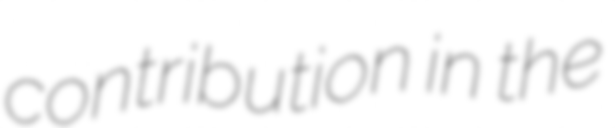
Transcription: contribution in the